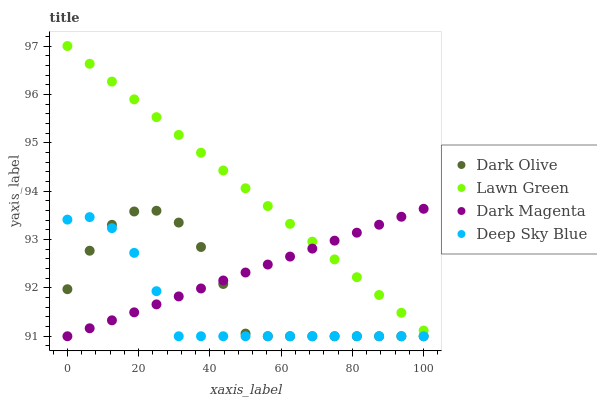
| xaxis_label | Dark Olive | Lawn Green | Dark Magenta | Deep Sky Blue |
 | --- | --- | --- | --- | --- |
 | 0 | 92 | 97 | 91 | 93.4 |
 | 6.25 | 92.8 | 96.6 | 91.2 | 93.5 |
 | 12.5 | 93.3 | 96.3 | 91.3 | 93.2 |
 | 18.8 | 93.6 | 95.9 | 91.5 | 92.7 |
 | 25 | 93.6 | 95.5 | 91.7 | 91.9 |
 | 31.2 | 93.3 | 95.2 | 91.8 | 91 |
 | 37.5 | 92.8 | 94.8 | 92 | 91 |
 | 43.8 | 92.1 | 94.4 | 92.2 | 91 |
 | 50 | 91.1 | 94.1 | 92.3 | 91 |
 | 56.2 | 91 | 93.7 | 92.5 | 91 |
 | 62.5 | 91 | 93.3 | 92.6 | 91 |
 | 68.8 | 91 | 93 | 92.8 | 91 |
 | 75 | 91 | 92.6 | 93 | 91 |
 | 81.2 | 91 | 92.2 | 93.1 | 91 |
 | 87.5 | 91 | 91.9 | 93.3 | 91 |
 | 93.8 | 91 | 91.5 | 93.5 | 91 |
 | 100 | 91 | 91.1 | 93.6 | 91 |